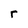
Character: r